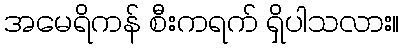
အမေရိကန် စီးကရက် ရှိပါသလား။